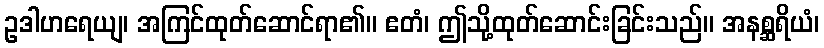
ဥဒါဟရေယျ၊ အကြင်ထုတ်ဆောင်ရာ၏။ ဧတံ၊ ဤသို့ထုတ်ဆောင်းခြင်းသည်။ အနစ္ဆရိယံ၊